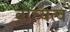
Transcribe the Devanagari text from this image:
वाच्यत्व